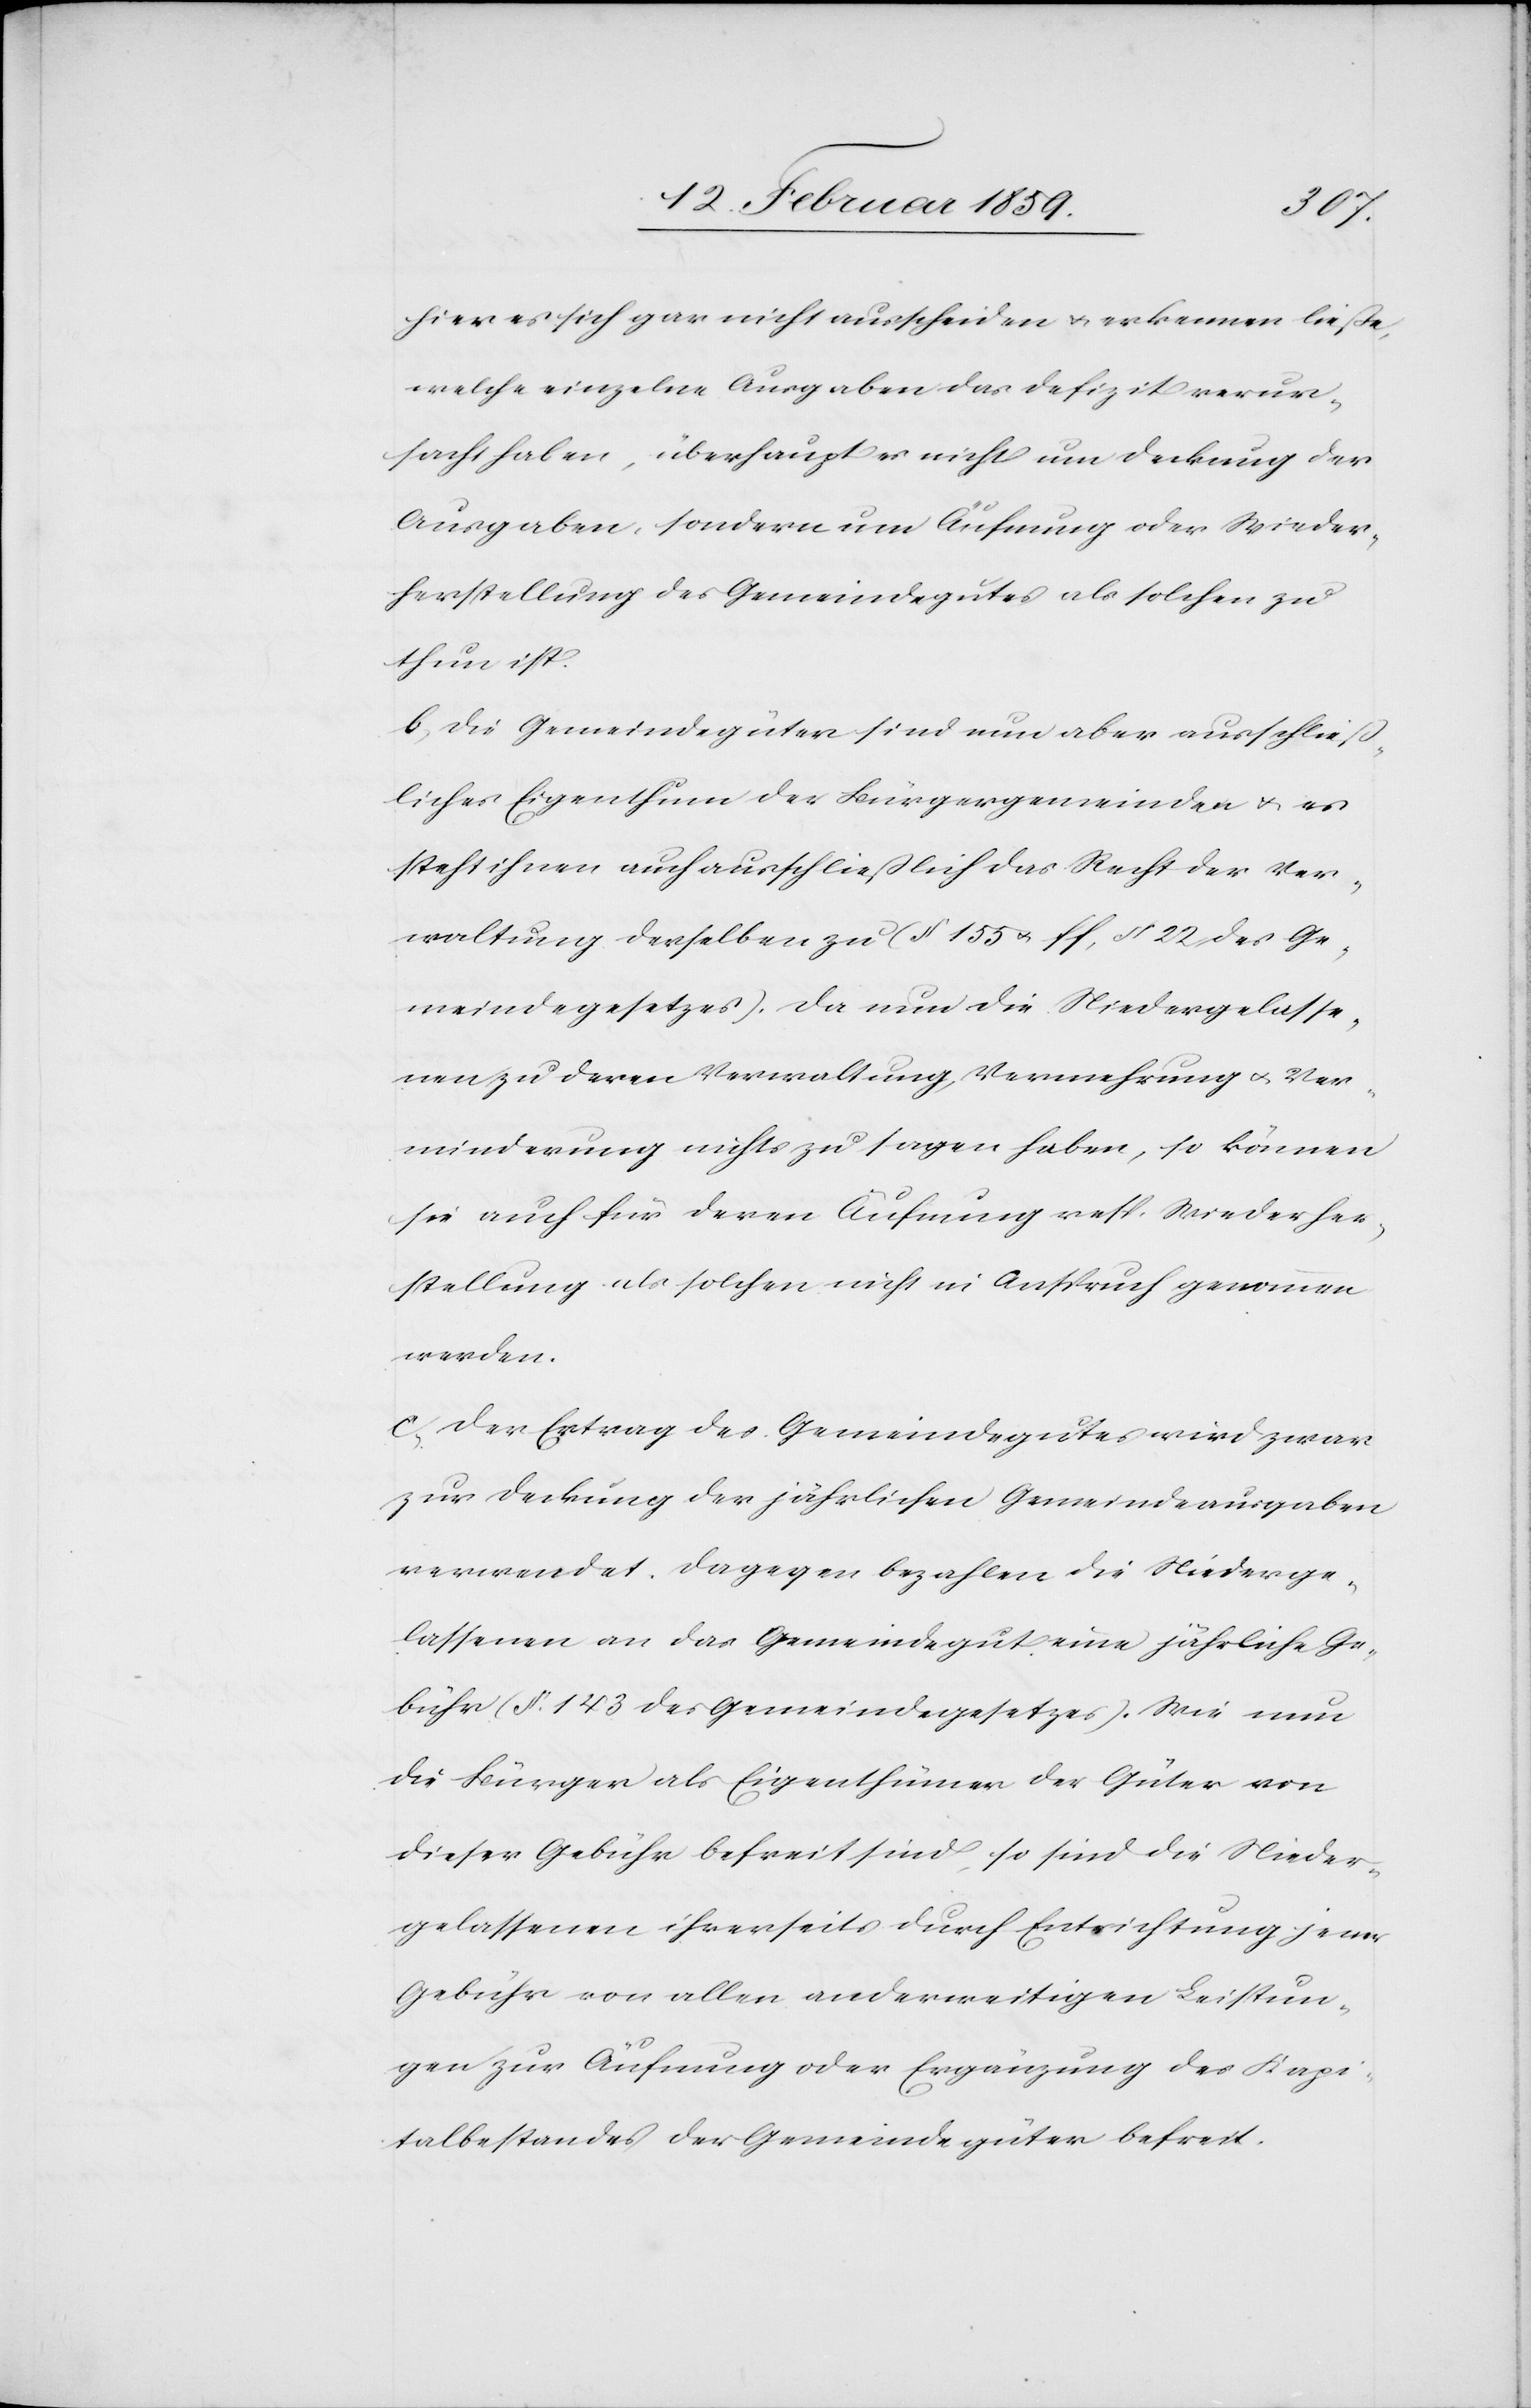
hier es sich gar nicht ausscheiden u. erkennen ließe,
welche einzelne Ausgaben das Defizit verur¬
sacht haben, überhaupt es nicht um Deckung der
Ausgaben sondern um Äufnung oder Wieder¬
herstellung des Gemeindegutes als solchen zu
thun ist.
b) die Gemeindegüter sind nun aber ausschließ¬
liches Eigenthum der Bürgergemeinde u. es
steht ihnen auch ausschließlich das Recht der Ver¬
waltung desselben zu (§ 155 u. ff, § 22 des Ge¬
meindegesetzes), da nun die Niedergelasse¬
nen zu deren Verwaltung, Vermehrung u. Ver¬
minderung nichts zu sagen haben, so können
sie auch für deren Äufnung resp. Wiederher¬
stellung als solchen nicht in Anspruch genommen
werden.
c) der Ertrag des Gemeindegutes wird zwar
zur Deckung der jährlichen Gemeindeausgaben
verwendet. Dagegen bezahlen die Niederge¬
lassenen an das Gemeindegut eine jährliche Ge¬
bühr (§. 143 des Gemeindegesetzes). Wie nun
die Bürger als Eigenthümer der Güter von
dieser Gebühr befreit sind, so sind die Nieder¬
gelassenen ihrerseits durch Entrichtung jener
Gebühr von allen anderweitigen Leistun¬
gen zur Äufnung oder Ergänzung des Kapi¬
talbestandes der Gemeindegüter befreit.